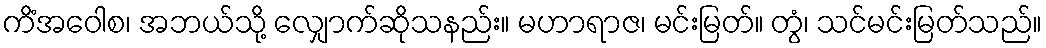
ကိံအဝေါစ၊ အဘယ်သို့ လျှောက်ဆိုသနည်း။ မဟာရာဇ၊ မင်းမြတ်။ တွံ၊ သင်မင်းမြတ်သည်။